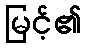
မြင့်၏